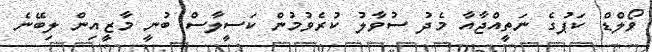
ވޯލްޑް ކަޕުގެ ނަތީއްޖާއާ މެދު ސުވާލު ކުރެވުމުން ކަސީލާސް ބުނީ މާޒީއިން ލިބޭނެ